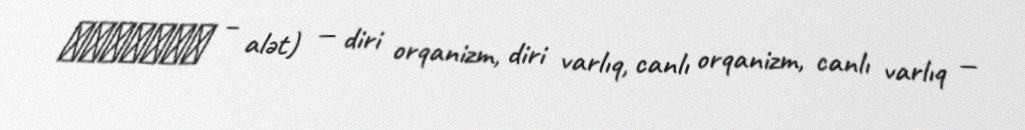
ὄργανον − alət) — diri orqanizm, diri varlıq, canlı orqanizm, canlı varlıq —